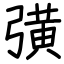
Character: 彉